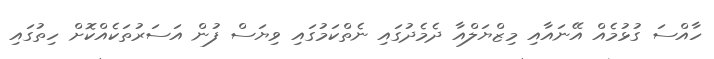
ހާއްސަ ގުޅުމެއް އޭނައާއި މިޒްޔަލްއާ ދެމެދުގައި ނެތްކަމުގައި ވިޔަސް ފުން އަސަރުތަކެއްކޮށް ހިތުގައި